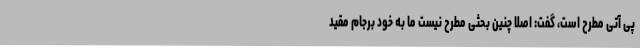
پی آتی مطرح است، گفت: اصلا چنین بحثی مطرح نیست ما به خود برجام مقید